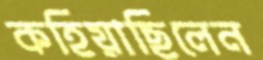
কহিয়াছিলেন